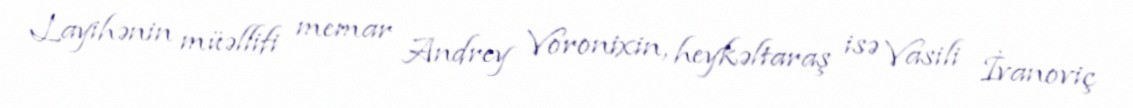
Layihənin müəllifi memar Andrey Voronixin, heykəltaraş isə Vasili İvanoviç